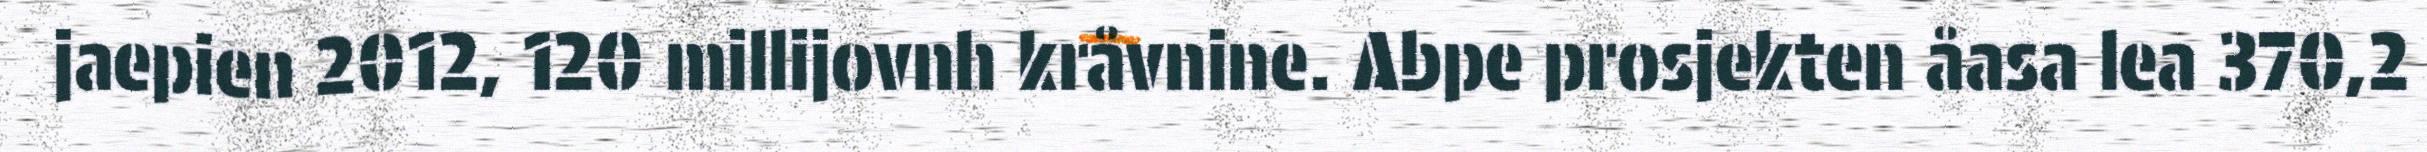
jaepien 2012, 120 millijovnh kråvnine. Abpe prosjekten åasa lea 370,2